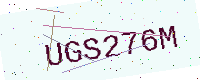
Text: UGS276M